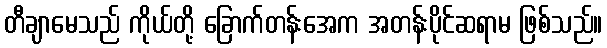
တီချာမေသည် ကိုယ်တို့ ခြောက်တန်းအေက အတန်းပိုင်ဆရာမ ဖြစ်သည်။